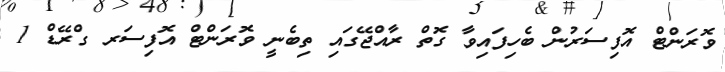
ވޮރަންޓް އޮފިސަރުން ބެހިފައިވާ ގޮތް ރާއްޖޭގައި ތިބެނީ ވޮރަންޓް އޮފިސަރ ގްރޭޑް 1